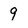
Character: 9